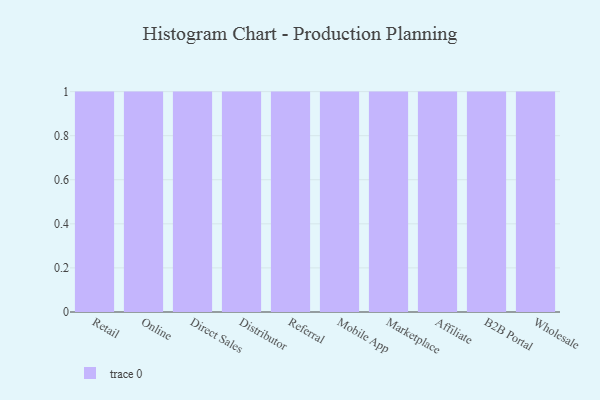
{"axis": {"x": "Channel", "y": "Humidity (%)"}, "legend": [""], "data": [{"x": "Retail", "y": 20, "type": ""}, {"x": "Online", "y": 38, "type": ""}, {"x": "Direct Sales", "y": 8, "type": ""}, {"x": "Distributor", "y": 61, "type": ""}, {"x": "Referral", "y": 47, "type": ""}, {"x": "Mobile App", "y": 11, "type": ""}, {"x": "Marketplace", "y": 2, "type": ""}, {"x": "Affiliate", "y": 63, "type": ""}, {"x": "B2B Portal", "y": 63, "type": ""}, {"x": "Wholesale", "y": 2, "type": ""}]}